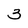
Character: 3